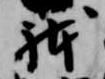
体